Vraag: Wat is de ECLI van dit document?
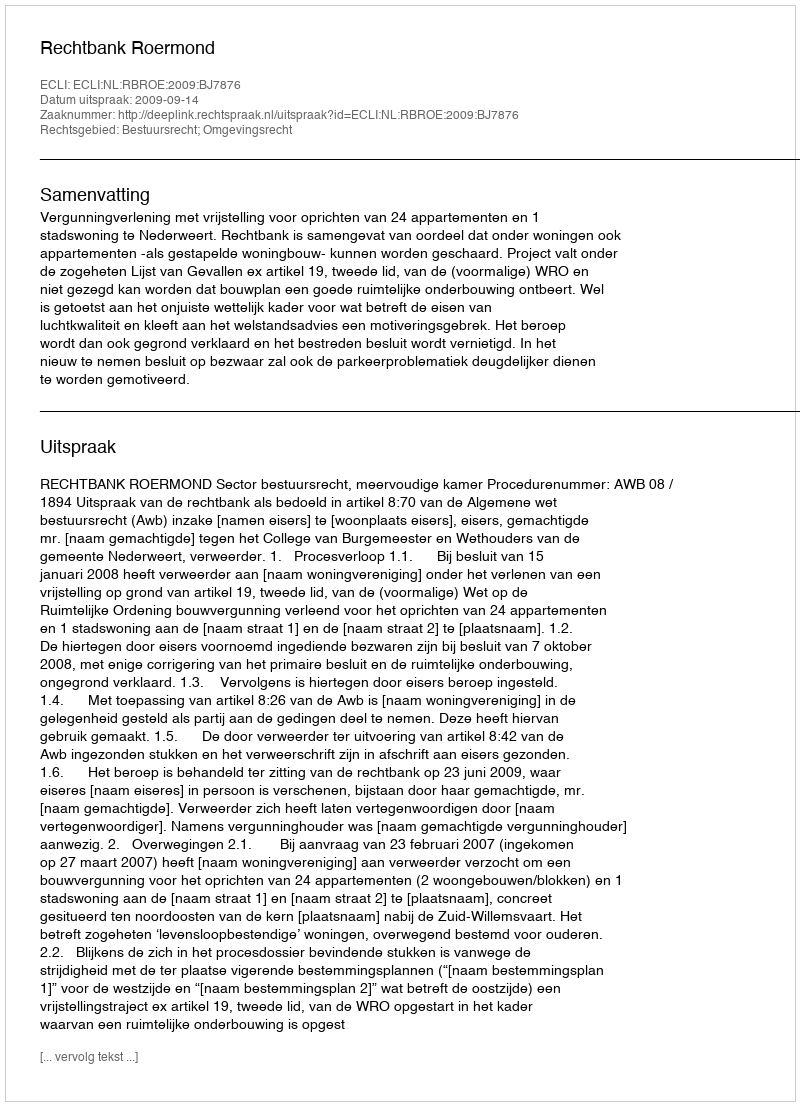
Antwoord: ECLI:NL:RBROE:2009:BJ7876